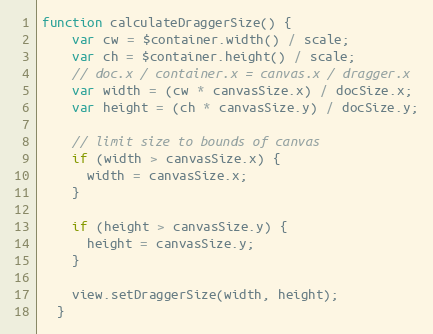
Language: JavaScript
function calculateDraggerSize() {
    var cw = $container.width() / scale;
    var ch = $container.height() / scale;
    // doc.x / container.x = canvas.x / dragger.x
    var width = (cw * canvasSize.x) / docSize.x;
    var height = (ch * canvasSize.y) / docSize.y;

    // limit size to bounds of canvas
    if (width > canvasSize.x) {
      width = canvasSize.x;
    }

    if (height > canvasSize.y) {
      height = canvasSize.y;
    }

    view.setDraggerSize(width, height);
  }